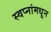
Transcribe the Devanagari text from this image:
स्वप्नांमधून